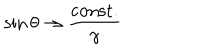
\sin \theta \rightarrow \frac { \mathrm { c o n s t . } } { \gamma }